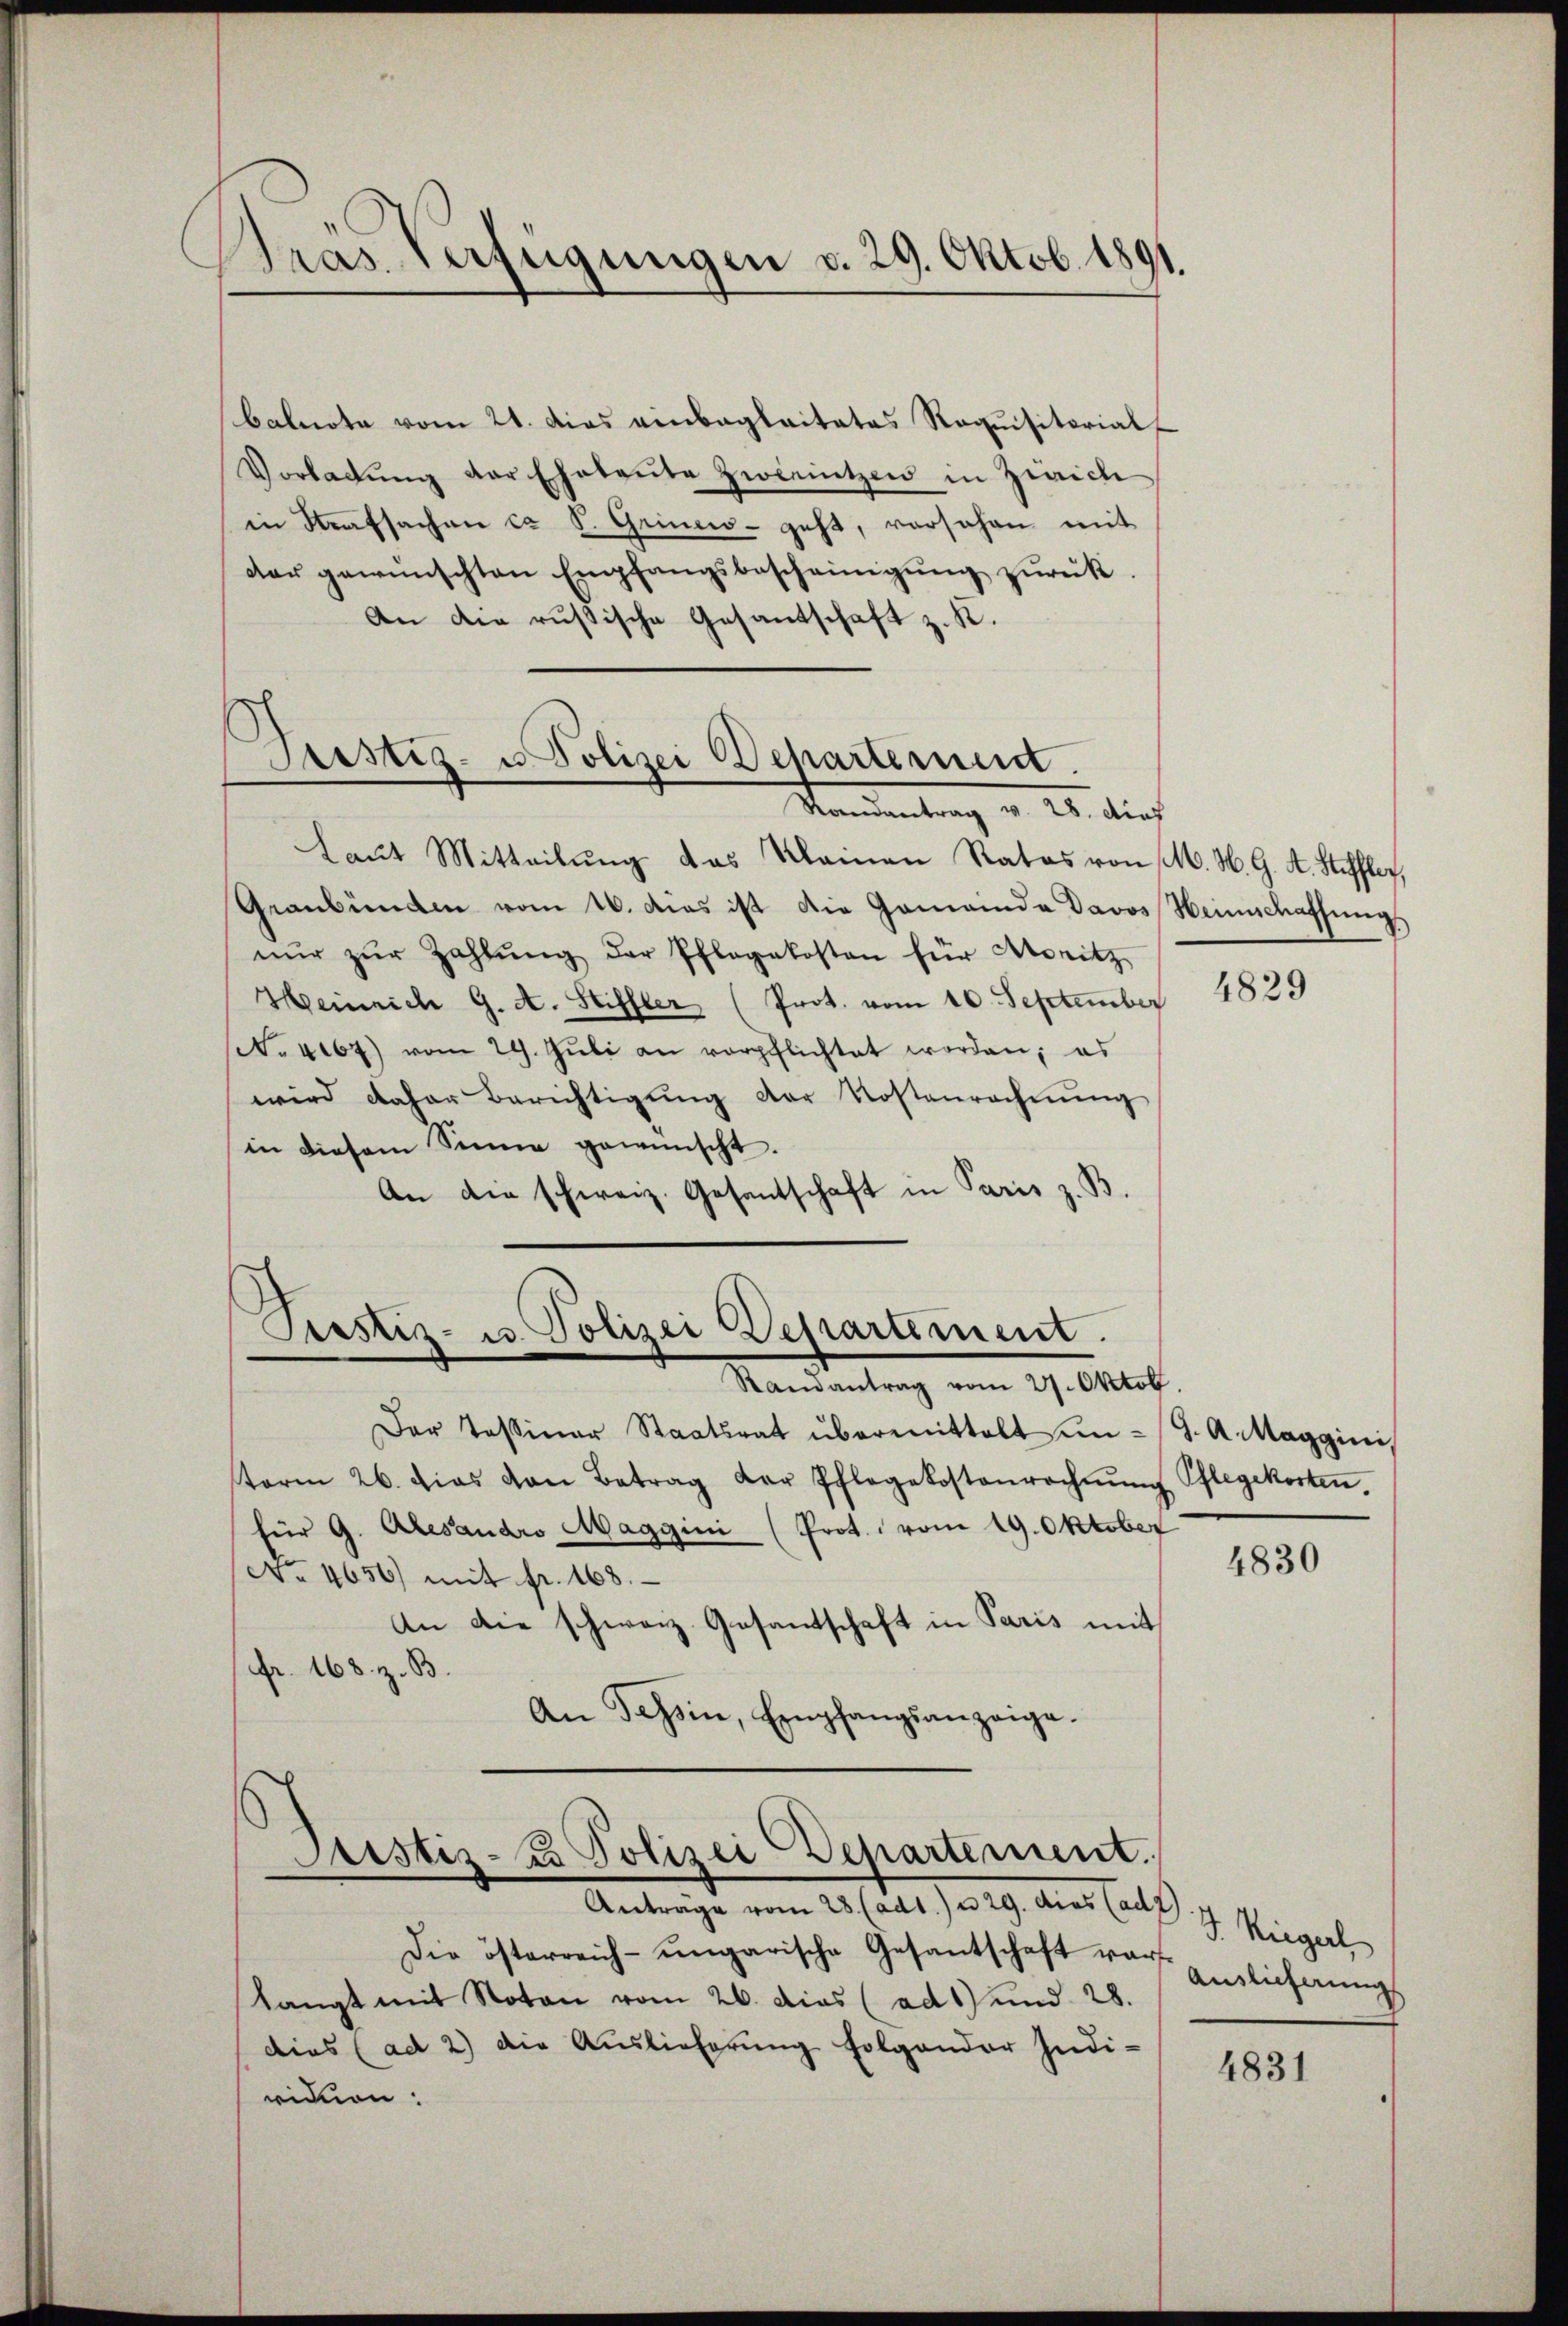
Gras Verfügungen v. 29. Oktob. 1891.

Prestig- u Polizei Departement.
Randantrag v. 28. dies

balnote vom 21. das einbaglaitates Requisitorial
Vorladŭng der Ehebaŭte Zweeintzen in Zürich
in Strafsachen ca S. Grines geht, vorsehen mit
der gewünschten Empfangsbescheinigŭng zŭrück.
An die russische Gesantschaft z. K.

Laut Mitteilŭng das Kleinen Rates von M. H. G. A. Heffler,
Graubünden vom 16. das ist die Gemeinda Davos Heinschaffung
nŭr zŭr Zahlŭng der Pflegekosten für Moritz
Heinrich G. A. Stiffler (Prot. vom 10. September
(. 4167) vom 29. Juli an verpflichtet worden; es
wird daher Berichtigŭng der Kostenrechnŭng
in diesem Sinne gewünscht.
An die schweiz. Gesantschaft in Paris z. B.

Piustiz- u. Polizei Departement.
Randantrag vom 27. Oktob.

Der Tessiner Staatsrat übermittelt in G. A. Maggini,
term 26. dies von Betrag der Pflegekostenrechnŭng Pflegekosten.
für G. Alesandro Maggini (Prot. vom 19. Oktober
No. 4656) mit fr. 168.
An die schweiz. Gesandschaft in Paris mit
fr. 168. z. B
An Tessin, Empfangsanzeige.

Justiz- & Polizei Departement.
Antrage vom 20. Mag. 12. 19. die Art. 7. Manget

Die österreich-ungarische Gesantschaft vor Eelicherŭng
langt mit Noton vom 26. dies (ad 1) und 28.
dies (ad 2) die Auslieferung folgender Indi-
vidon:

4829

4830

4831